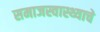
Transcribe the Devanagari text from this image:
समाजस्वास्थ्याचे